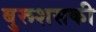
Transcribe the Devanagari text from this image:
बुरूशसकी